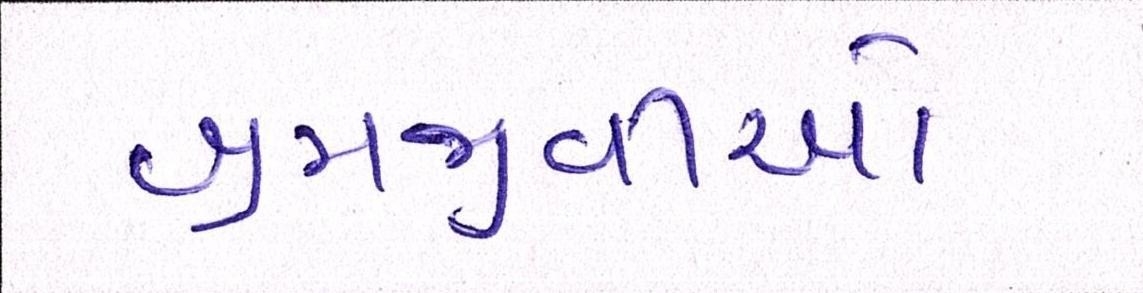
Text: શ્રમજીવીઓ